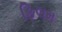
ફિલમ